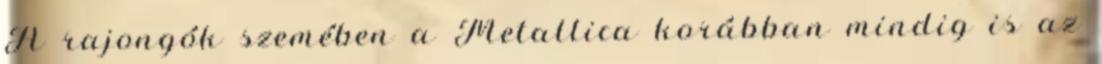
A rajongók szemében a Metallica korábban mindig is az